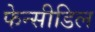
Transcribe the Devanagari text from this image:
फेन्सीडिल